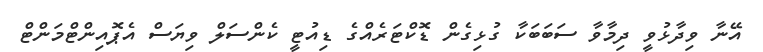
އޭނާ ވިދާޅުވީ ދިމާވާ ސަބަބަކާ ގުޅިގެން ޑޮކްޓަރެއްގެ ޑިއުޓީ ކެންސަލް ވިޔަސް އެޕޮއިންޓްމަންޓް